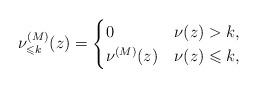
LaTeX: \begin{align*}\nu_{\leqslant k}^{(M)}(z) =\begin{cases}0 & \nu(z)>k,\\\nu^{(M)}(z)& \nu(z)\leqslant k,\end{cases}\end{align*}